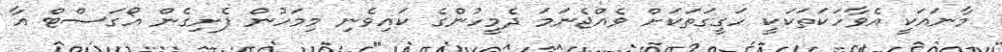
މާނައަކީ އެވާހަކަތަކަކީ ހަގީގަތަކަށް ވެއްޖެނަމަ ދެމީހުންގެ ކައިވެނި މިމަހުން ފެށިގެން އޯގަސްޓް އާ